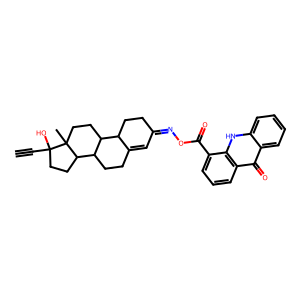
SMILES: C#CC1(O)CCC2C3CCC4=CC(=NOC(=O)c5cccc6c(=O)c7ccccc7[nH]c56)CCC4C3CCC21C
Inhibits HIV replication: No